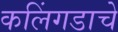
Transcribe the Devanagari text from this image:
कलिंगडाचे